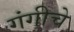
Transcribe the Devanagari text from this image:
गंगीचे